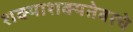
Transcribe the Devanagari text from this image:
शक्याशक्यतेवरचे